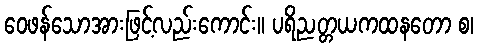
ဝေဖန်သောအားဖြင့်လည်းကောင်း။ ပရိညတ္တယကထနတော စ၊